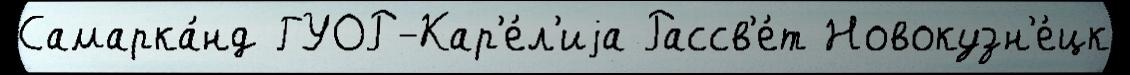
Самарка́нд ГУОР-Кар'е́л'иjа Рассв'е́т Новокузн'е́цк